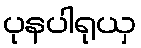
ပုနပါရုယှ